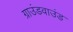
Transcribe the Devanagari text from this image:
ग्राउंडवाउंड